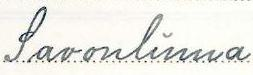
Savonlinna